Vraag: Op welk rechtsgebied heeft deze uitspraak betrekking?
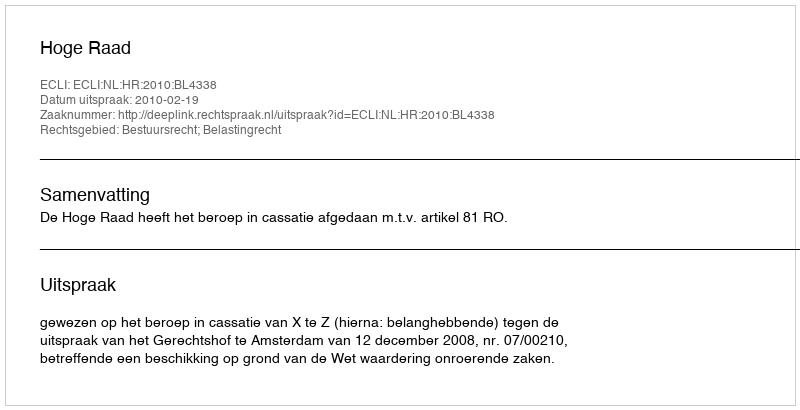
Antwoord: Bestuursrecht; Belastingrecht